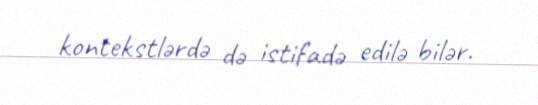
kontekstlərdə də istifadə edilə bilər.